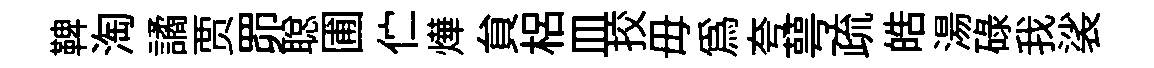
鞞淘譎贾𦊑聪圃伫燁貟梠皿挍毋爲夸萼疏皓湯碌我裟